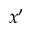
x ^ { \prime }